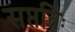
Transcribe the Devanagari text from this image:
सप्ततिः